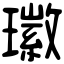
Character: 𤪖